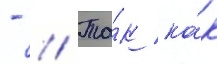
- // Та́к ка́к